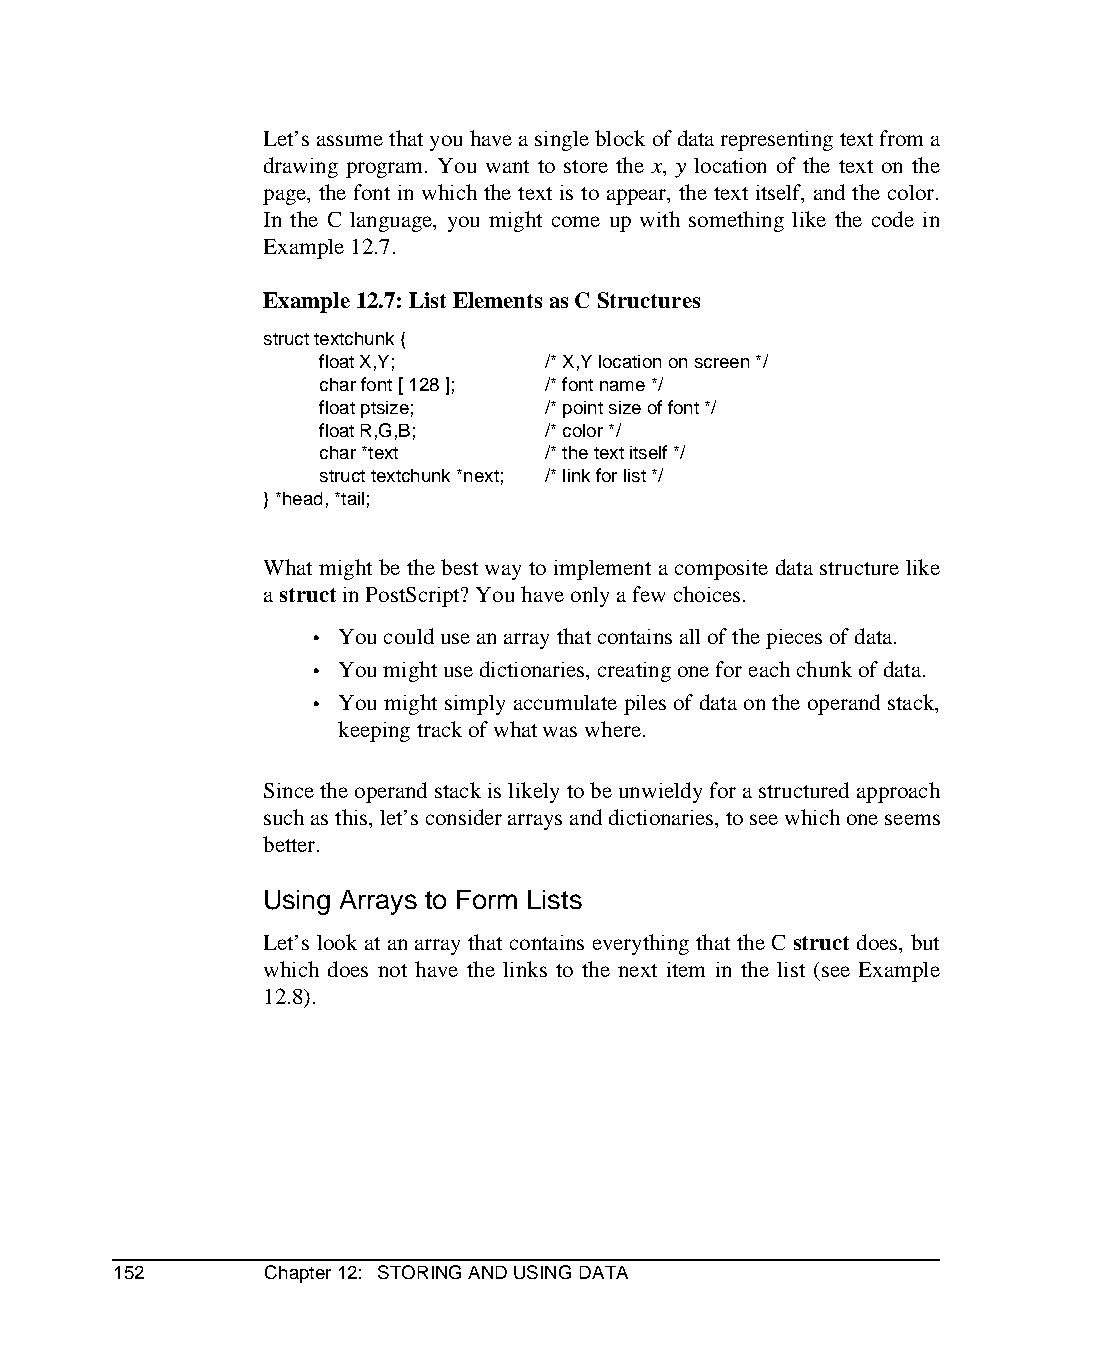
Let’s assume that you have a single block of data representing text from a
 drawing program. You want to store the x, y location of the text on the
 page, the font in which the text is to appear, the text itself, and the color.
 In the C language, you might come up with something like the code in
 Example 12.7.
 Example 12.7: List Elements as C Structures
 struct textchunk {
 float X,Y;     /* X,Y location on screen */
 char font [ 128 ]; /* font name */
 float ptsize;  /* point size of font */
 float R,G,B;   /* color */
 char *text     /* the text itself */
 struct textchunk *next; /* link for list */
 } *head, *tail;
 What might be the best way to implement a composite data structure like
 a struct in PostScript? You have only a few choices.
 • You could use an array that contains all of the pieces of data.
 • You might use dictionaries, creating one for each chunk of data.
 • You might simply accumulate piles of data on the operand stack,
 keeping track of what was where.
 Since the operand stack is likely to be unwieldy for a structured approach
 such as this, let’s consider arrays and dictionaries, to see which one seems
 better.
 Using Arrays to Form Lists
 Let’s look at an array that contains everything that the C struct does, but
 which does not have the links to the next item in the list (see Example
 12.8).
 152       Chapter 12: STORING AND USING DATA